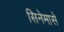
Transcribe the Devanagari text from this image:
सिनेमासे